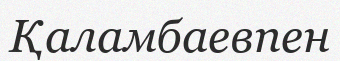
Қаламбаевпен